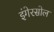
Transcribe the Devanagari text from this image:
इंगेरसोल